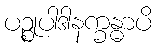
ပဉ္စုပါဒါနက္ခန္ဓာပိ